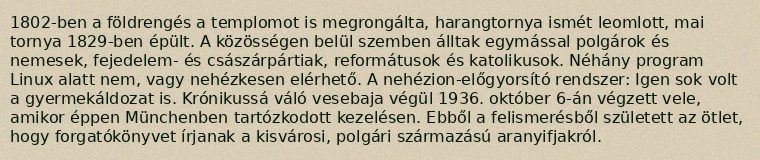
1802-ben a földrengés a templomot is megrongálta, harangtornya ismét leomlott, mai tornya 1829-ben épült. A közösségen belül szemben álltak egymással polgárok és nemesek, fejedelem- és császárpártiak, reformátusok és katolikusok. Néhány program Linux alatt nem, vagy nehézkesen elérhető. A nehézion-előgyorsító rendszer: Igen sok volt a gyermekáldozat is. Krónikussá váló vesebaja végül 1936. október 6-án végzett vele, amikor éppen Münchenben tartózkodott kezelésen. Ebből a felismerésből született az ötlet, hogy forgatókönyvet írjanak a kisvárosi, polgári származású aranyifjakról.